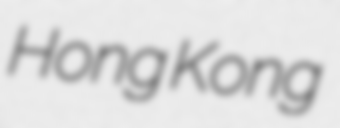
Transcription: Hong Kong